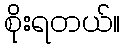
စိုးရတယ်။